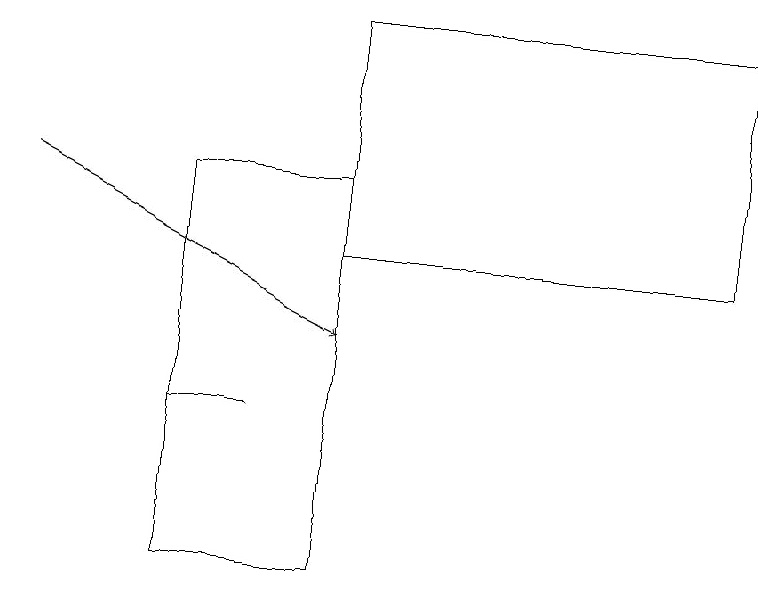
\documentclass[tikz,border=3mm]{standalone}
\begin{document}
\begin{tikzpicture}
\draw[->] (0,16) -- (4,14);
\draw (2,11) rectangle (4,16);
\draw (2,13) rectangle (3,13);
\draw (9,18) rectangle (4,15);
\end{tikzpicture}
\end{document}